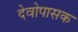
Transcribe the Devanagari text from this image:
देवोपासक